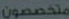
متخصصون